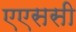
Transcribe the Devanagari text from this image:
एएससी